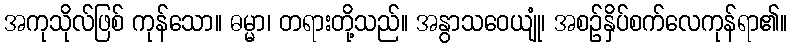
အကုသိုလ်ဖြစ် ကုန်သော။ ဓမ္မာ၊ တရားတို့သည်။ အနွာသဝေယျုံ၊ အစဉ်နှိပ်စက်လေကုန်ရာ၏။